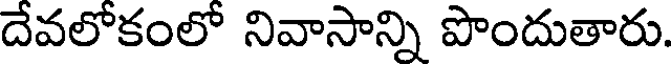
దేవలోకంలో నివాసాన్ని పొందుతారు.